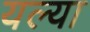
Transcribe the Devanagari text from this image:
यल्या